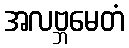
အလဗ္ဘမေတံ